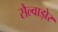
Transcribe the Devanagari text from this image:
सैल्वाड़ोर